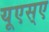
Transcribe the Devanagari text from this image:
यूएस्‌ए